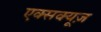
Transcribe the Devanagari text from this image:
एक्सक्यूज़